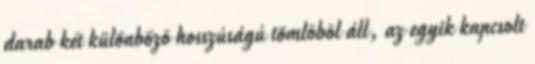
darab két különbözõ hosszúságú tömlõbõl áll, az egyik kapcsolt